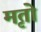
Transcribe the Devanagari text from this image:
मृतो